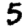
Digit: 5